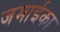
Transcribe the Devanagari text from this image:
जमाईका